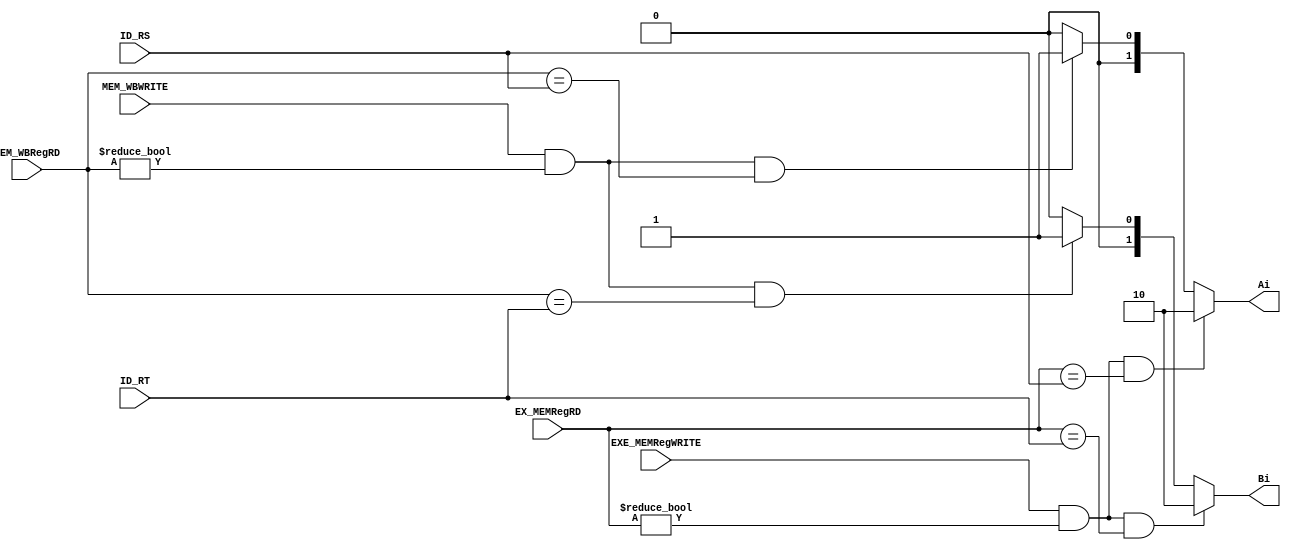
module Forwarding(	//output
			Ai,
			Bi,
			//input
			EX_MEMRegRD,
			EXE_MEMRegWRITE,
			MEM_WBRegRD,
			MEM_WBWRITE,	
			ID_RS,
			ID_RT
		);
	input	[4:0] EX_MEMRegRD , MEM_WBRegRD , ID_RS , ID_RT ;
	input	EXE_MEMRegWRITE,MEM_WBWRITE ;
	output	[1:0]Ai,Bi;
	reg	[1:0]Ai,Bi;
	always@(*)	begin
		//EX hazard
		if ( EXE_MEMRegWRITE && (EX_MEMRegRD!=5'd0) && (EX_MEMRegRD==ID_RS) )
			Ai = 2'b10;
		//MEM hazard
		else if ( MEM_WBWRITE && (MEM_WBRegRD!=5'd0) && (MEM_WBRegRD==ID_RS) )
			Ai = 2'b01;
		else
			Ai = 2'b00;
		//EX hazard
		if ( EXE_MEMRegWRITE && (EX_MEMRegRD!=5'd0) && (EX_MEMRegRD==ID_RT) )
			Bi = 2'b10;
		//MEM hazard
		else if ( MEM_WBWRITE && (MEM_WBRegRD!=5'd0) && (MEM_WBRegRD==ID_RT) )
			Bi = 2'b01;		
		else
			Bi = 2'b00;
	end
endmodule